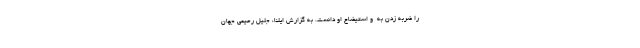
را ضربه زدن به  و استیضاح او دانست. به گزارش ایلنا، جلیل رحیمی جهان